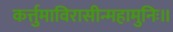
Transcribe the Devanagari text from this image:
कर्त्तुमाविरासीन्महामुनिः॥